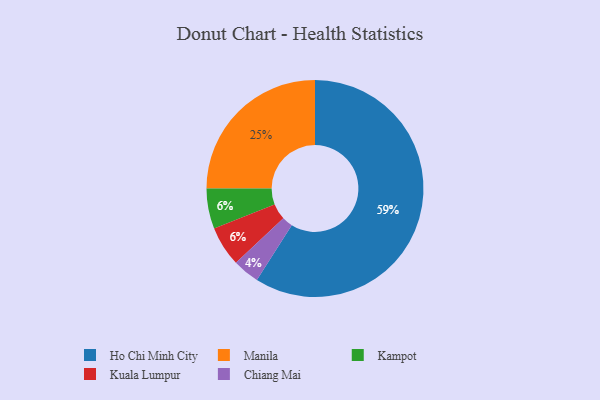
{"axis": {"x": "Category", "y": "Percentage"}, "legend": ["Chiang Mai", "Ho Chi Minh City", "Kampot", "Kuala Lumpur", "Manila"], "data": [{"x": "Chiang Mai", "y": 4, "type": "Chiang Mai"}, {"x": "Ho Chi Minh City", "y": 59, "type": "Ho Chi Minh City"}, {"x": "Kampot", "y": 6, "type": "Kampot"}, {"x": "Manila", "y": 25, "type": "Manila"}, {"x": "Kuala Lumpur", "y": 6, "type": "Kuala Lumpur"}]}